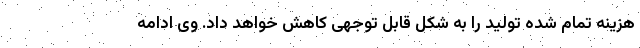
هزینه تمام شده تولید را به شکل قابل توجهی کاهش خواهد داد. وی ادامه